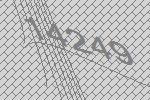
14249